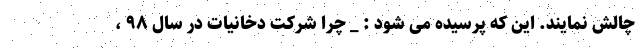
چالش نمایند. این که پرسیده می شود : _ چرا شرکت دخانیات در سال ۹۸ ،